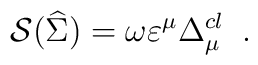
{\cal S}(\widehat{\Sigma })\;{\cal =\;}\omega \varepsilon ^\mu \Delta _\mu^{cl}\;\;.